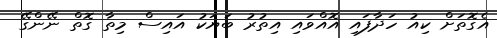
އެގޮތަށް ކިއު ހަދާފައި އޮއްވައި އިތުރު ބަޔަކު އައިސް މިތާ ގޮތް ނޭންގޭ